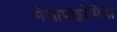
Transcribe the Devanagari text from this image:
मेसोपोट्टोमिया